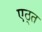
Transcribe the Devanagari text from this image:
एठ्त